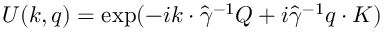
U ( k , q ) = \exp ( - i k \cdot \hat { \gamma } ^ { - 1 } Q + i \hat { \gamma } ^ { - 1 } q \cdot K )